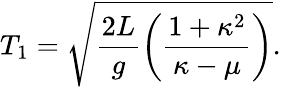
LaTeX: T_{1}=\sqrt{\frac{2L}{g}\left({\frac{1+\kappa^{2}}{\kappa-\mu}}\right)}.